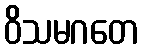
ဝိသမဂတေ